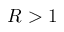
R > 1